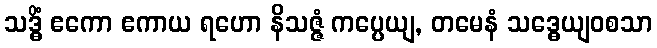
သဒ္ဓိံ ဧကော ဧကာယ ရဟော နိသဇ္ဇံ ကပ္ပေယျ, တမေနံ သဒ္ဓေယျဝစသာ